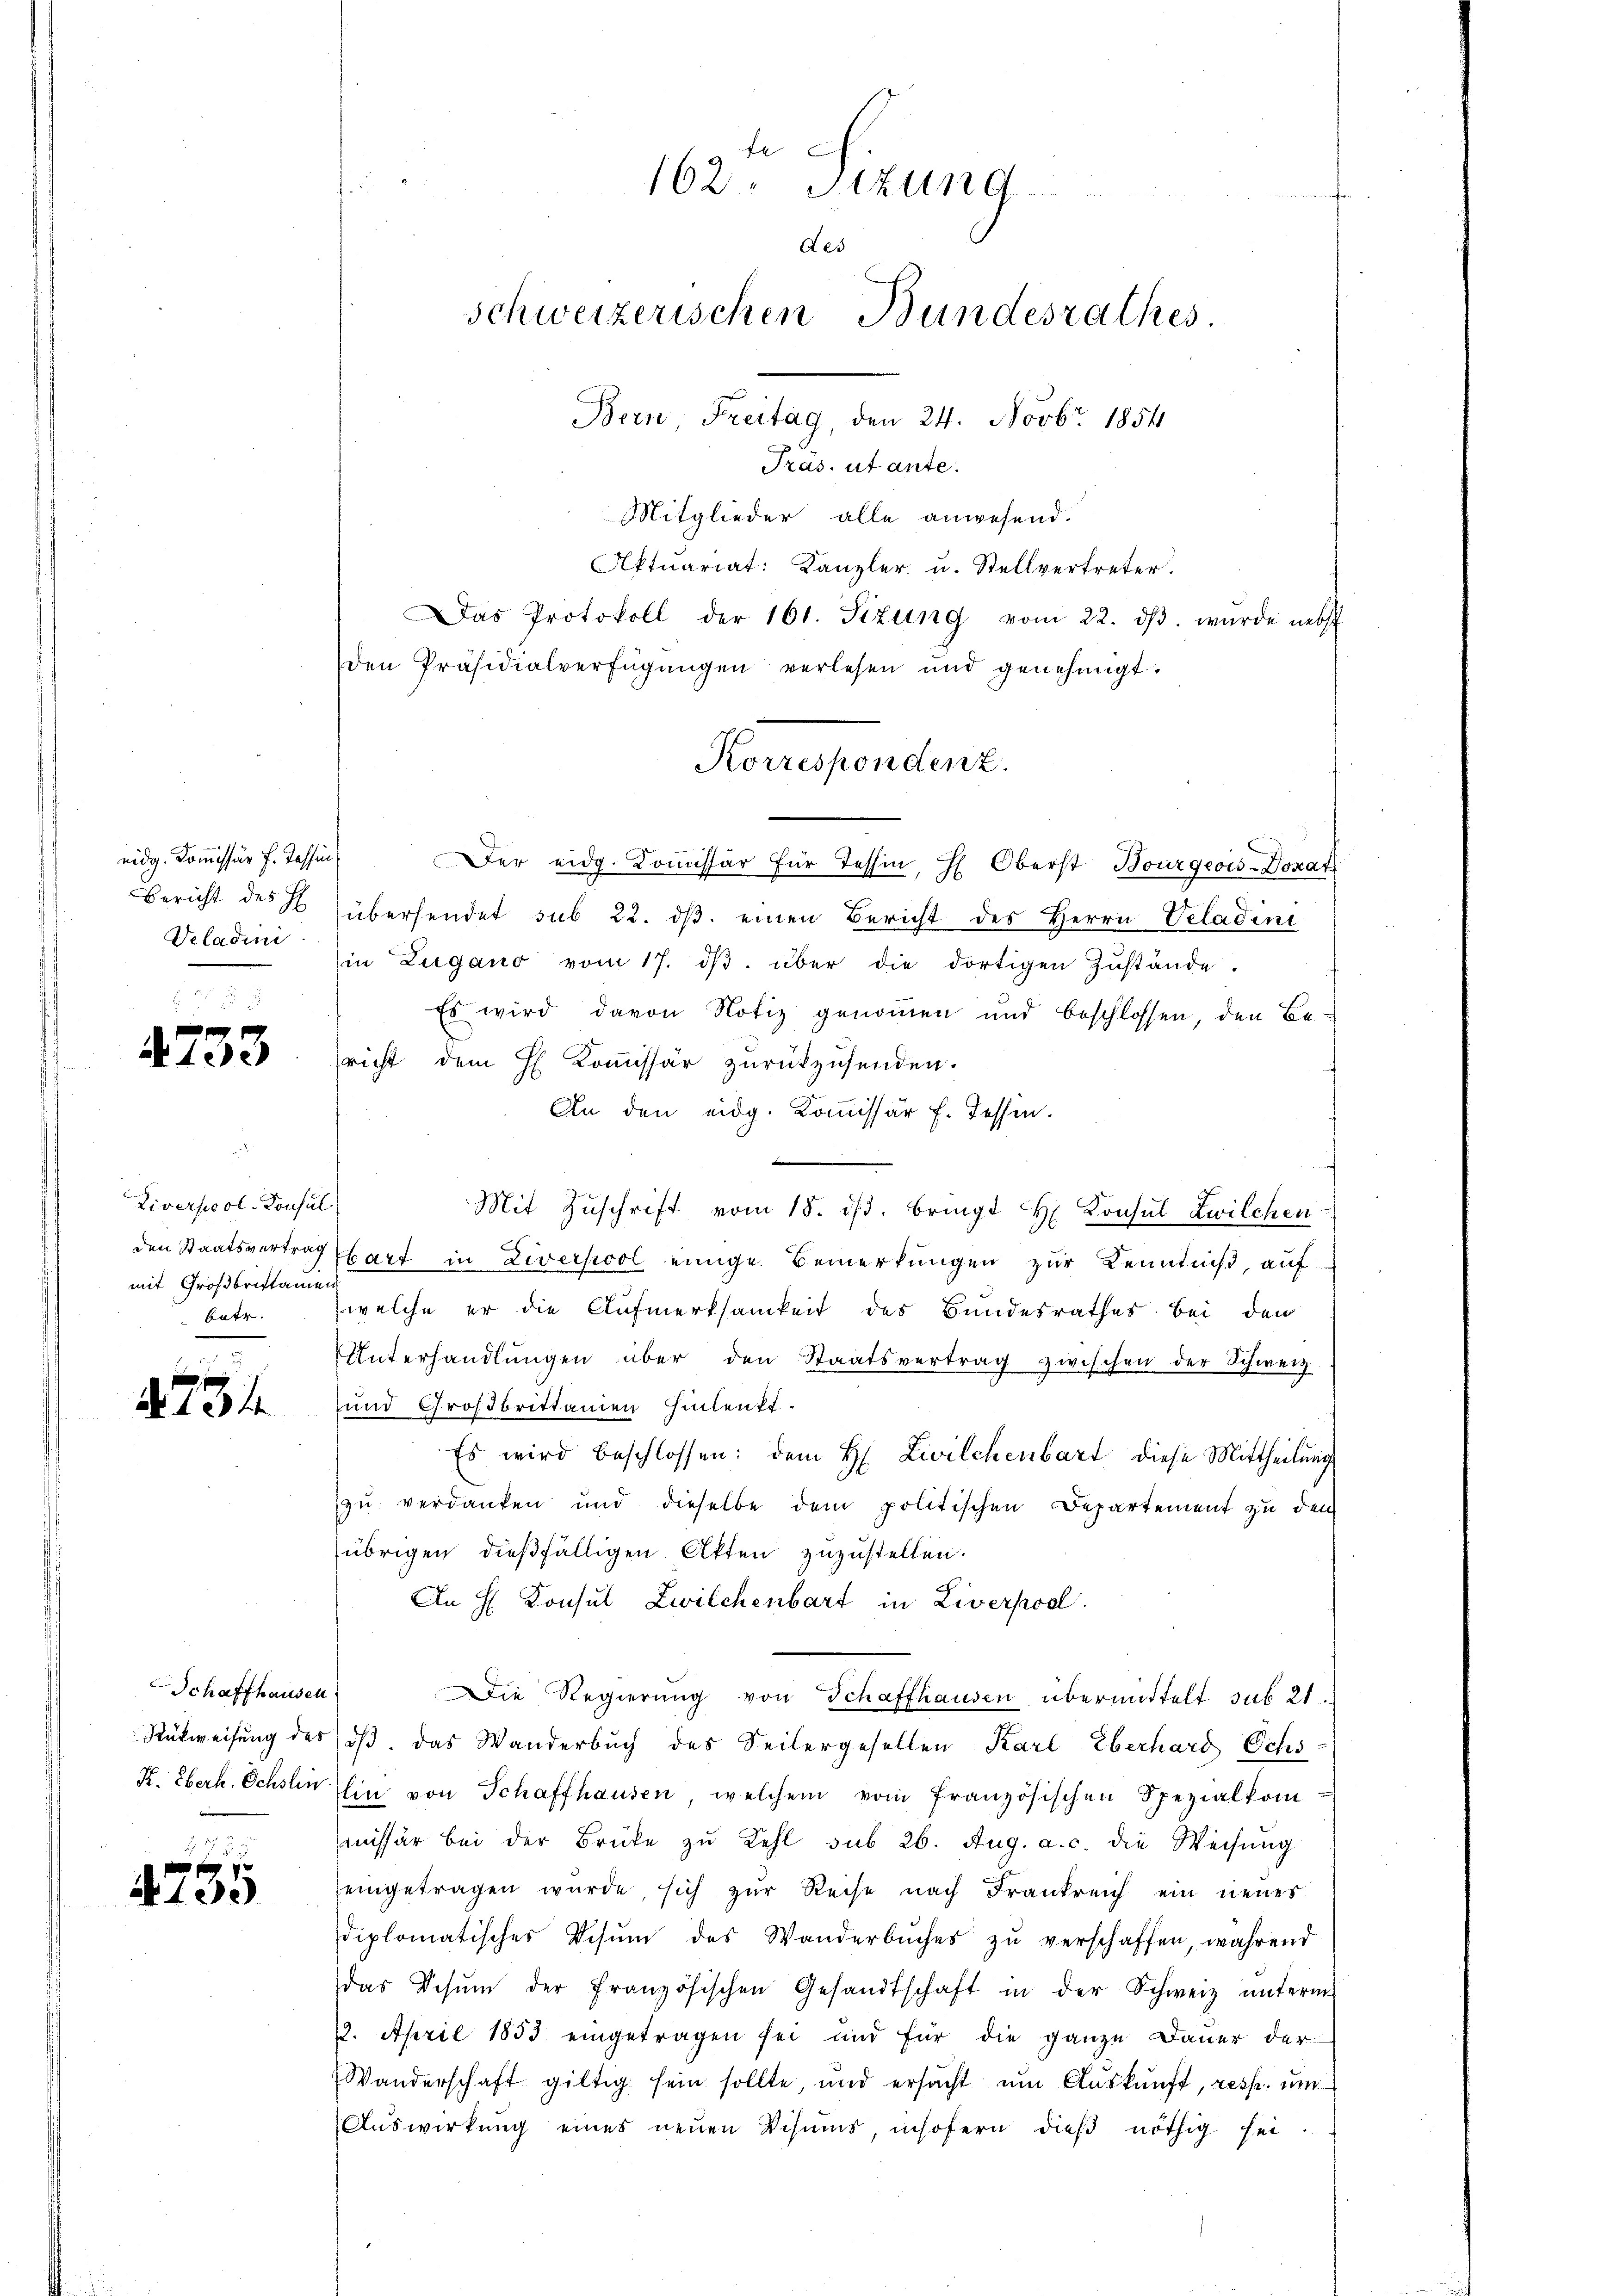
eidg. Kommissär f. Tessin,
Bericht des H
Veladini

4733

Liverpool-Consul
den Staatsvertrag
mit Großbrittamen
bate.

.
27

Schaffhausen
K. Eberh. Schslin

4755

162. Sizung
Aes
schweizerischen Bundesrathes
Bern Freitag, den 24. Novbr. 1854
Pras, ut ante.

Korrespondenz.

Mitglieder alle anwesend.
Aktuariat: Kanzler u. Stellvertreter.
Das Protokoll der 161. Sizung vom 22. dβ. wurde nebst
den Präsidialverfügungen verlesen und genehmigt.
Der eidg. Kommissär für Tessin, H. Oberst Bourgeois-Doxati
übersendet sub 22. dβ. einen Bericht des Herrn Veladini
in Zugano vom 17. dβ. über die dortigen Zŭstände.
Es wird davon Notiz genommen und beschlossen, den Be-
sricht dem H. Kommissär zurückzusenden.
An den eidg. Kommissär f. Tessin.
Mit Zŭschrift vom 18. ds. bringt H. Konsul Zwilchen
E
bart in Liverpool einige Bemerkungen zur Kenntniß, auf
welche er die Aufmerksamkeit des Bundesrathes bei den
Unterhandlŭngen über den Staatsvertrag zwischen der Schweiz.
und Großbrittanien hinlenkt.
Es wird beschlossen: dem H. Zwilchenbart diese Mittheilung
zu verdanken und dieselbe dem politischen Departement zu den
übrigen dießfälligen Akten zuzustellen.
An H. Konsul Zwilchenbart in Liverpool
ie Regierung von Schaffhausen übermittelt sub 21
Rükweisung des dβ. Das Wanderbŭch des Seitergesellen Karl Eberhard Ochs
Ein von Schaffhausen, welchem vom französischen Spezialkom
missär bei der Brüke zŭ Kehl sub 26. Aug. a. c. die Weisŭng
eingetragen würde, sich zur Reise nach Frankreich ein neues
diplomatisches Visum des Wanderbŭches zŭ verschaffen, während
das Vesŭm der französischen Gesandtschaft in der Schweiz ŭnterm
2. April 1853 eingetragen sei und für die ganze Dauer der
Wanderschaft giltig sein sollte, und ersacht ŭm Aŭskŭnft, resp. um
Auswirkung eines neuen Visums insofern dies nöthig sei